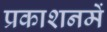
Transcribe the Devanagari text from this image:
प्रकाशनमें